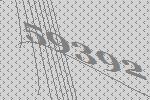
59392